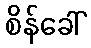
စိန်ခေါ်